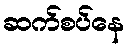
ဆက်စပ်နေ